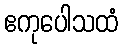
ဧကုပေါသထံ